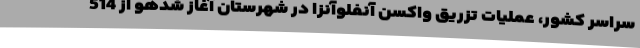
سراسر کشور، عملیات تزریق واکسن آنفلوآنزا در شهرستان آغاز شدهو از 514